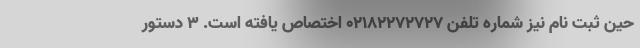
حین ثبت نام نیز شماره تلفن 02182272727 اختصاص یافته است. 3 دستور